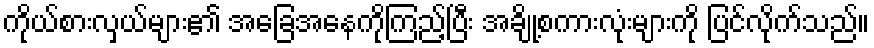
ကိုယ်စားလှယ်များ၏ အခြေအနေကိုကြည့်ပြီး အချို့စကားလုံးများကို ပြင်လိုက်သည်။